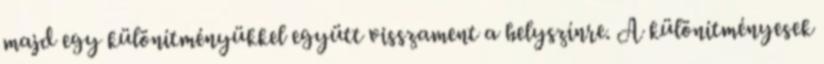
majd egy különítményükkel együtt visszament a helyszínre. A különítményesek